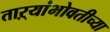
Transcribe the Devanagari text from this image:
ताऱ्यांभोवतीच्या